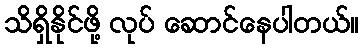
သိရှိနိုင်ဖို့ လုပ် ဆောင်နေပါတယ်။